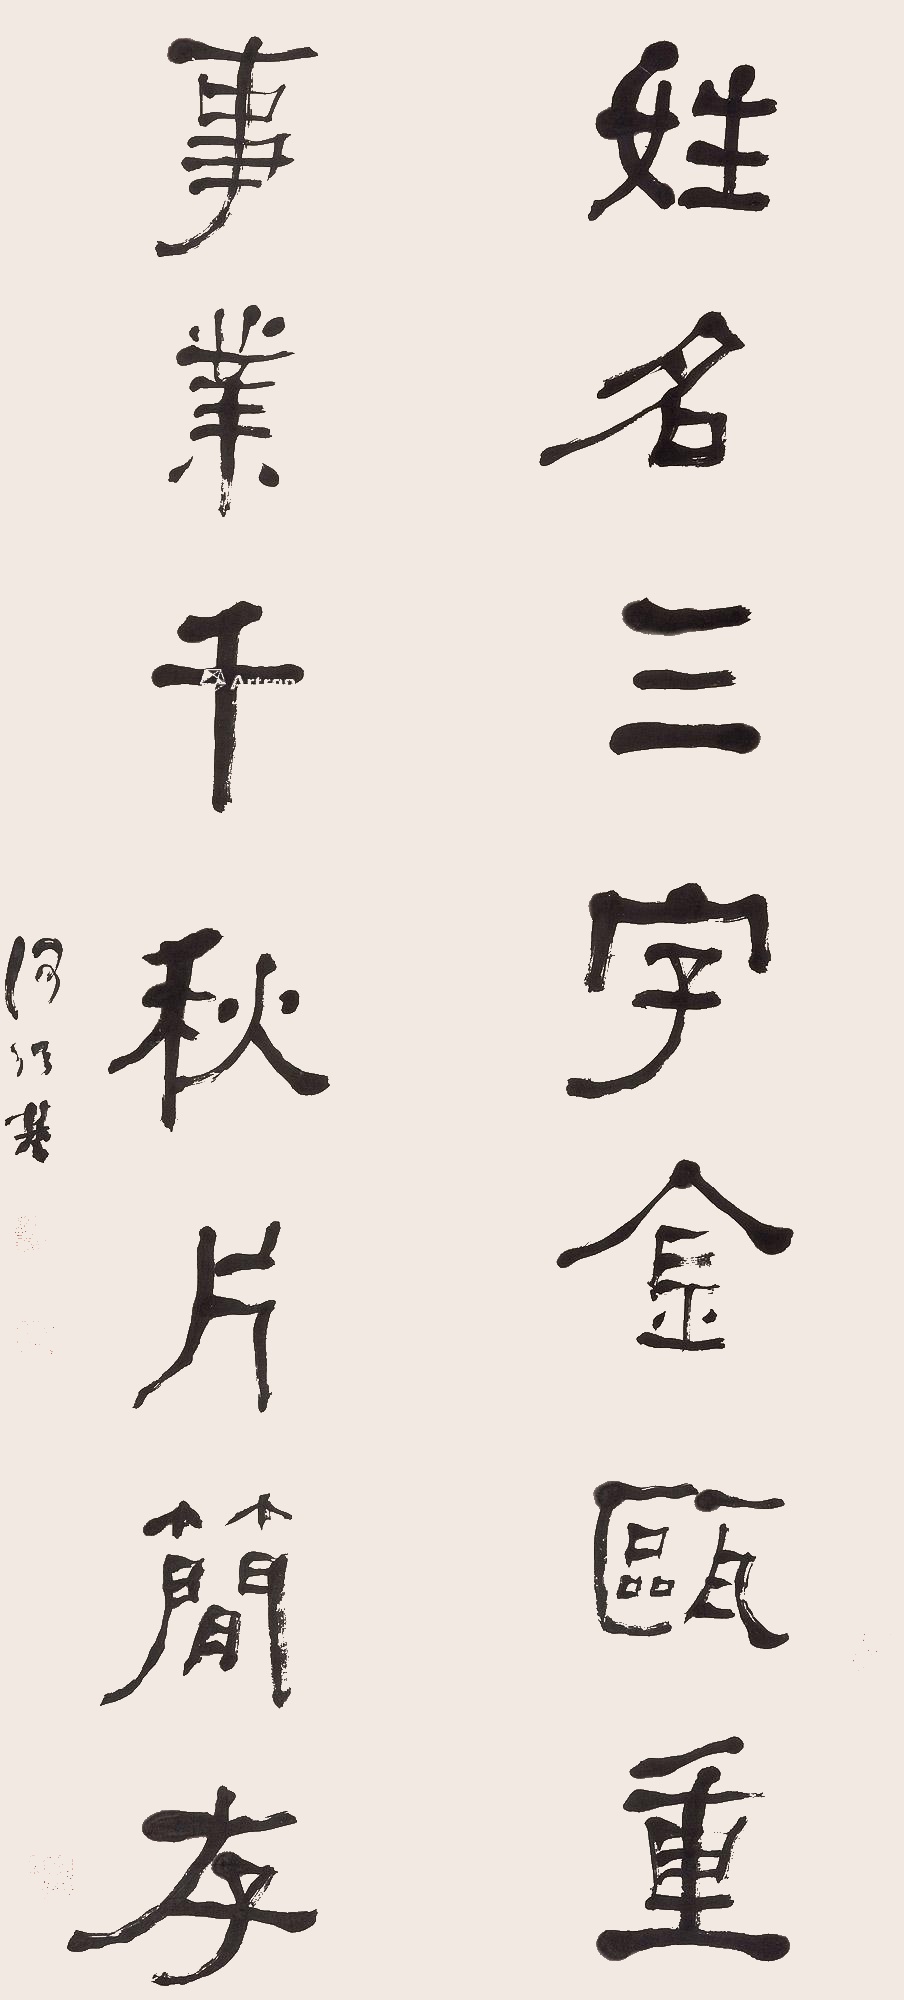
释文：姓名三字金瓯重，事业千秋片简存。何绍基印、子贞